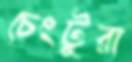
চেংটুরা